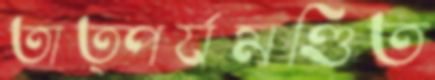
তাত্পর্যমণ্ডিত